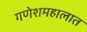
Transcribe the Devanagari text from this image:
गणेशमहालात